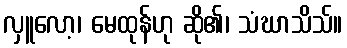
လှူလော့၊ မေထုန်ဟု ဆို၏၊ သံဃာသိသ်။